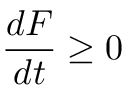
\frac { d F } { d t } \geq 0